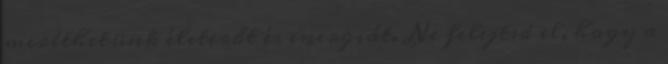
meríthetünk életerőt és energiát. Ne felejtsd el, hogy a